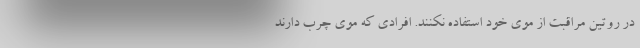
در روتین مراقبت از موی خود استفاده نکنند. افرادی که موی چرب دارند